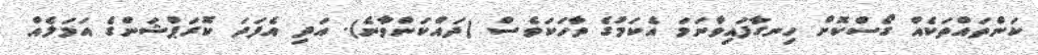
ކަންތައްތަކެއް ގޯސްކޮށް ހިނގާފައިވާނަމަ އެކަމުގެ ވާހަކަވެސް (ދައްކަންވާނެ). އަދި އެފަދަ ކޮރަޕްޝަންގެ އަމަލެއް